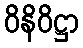
ဝိနိဝိဋ္ဌာ